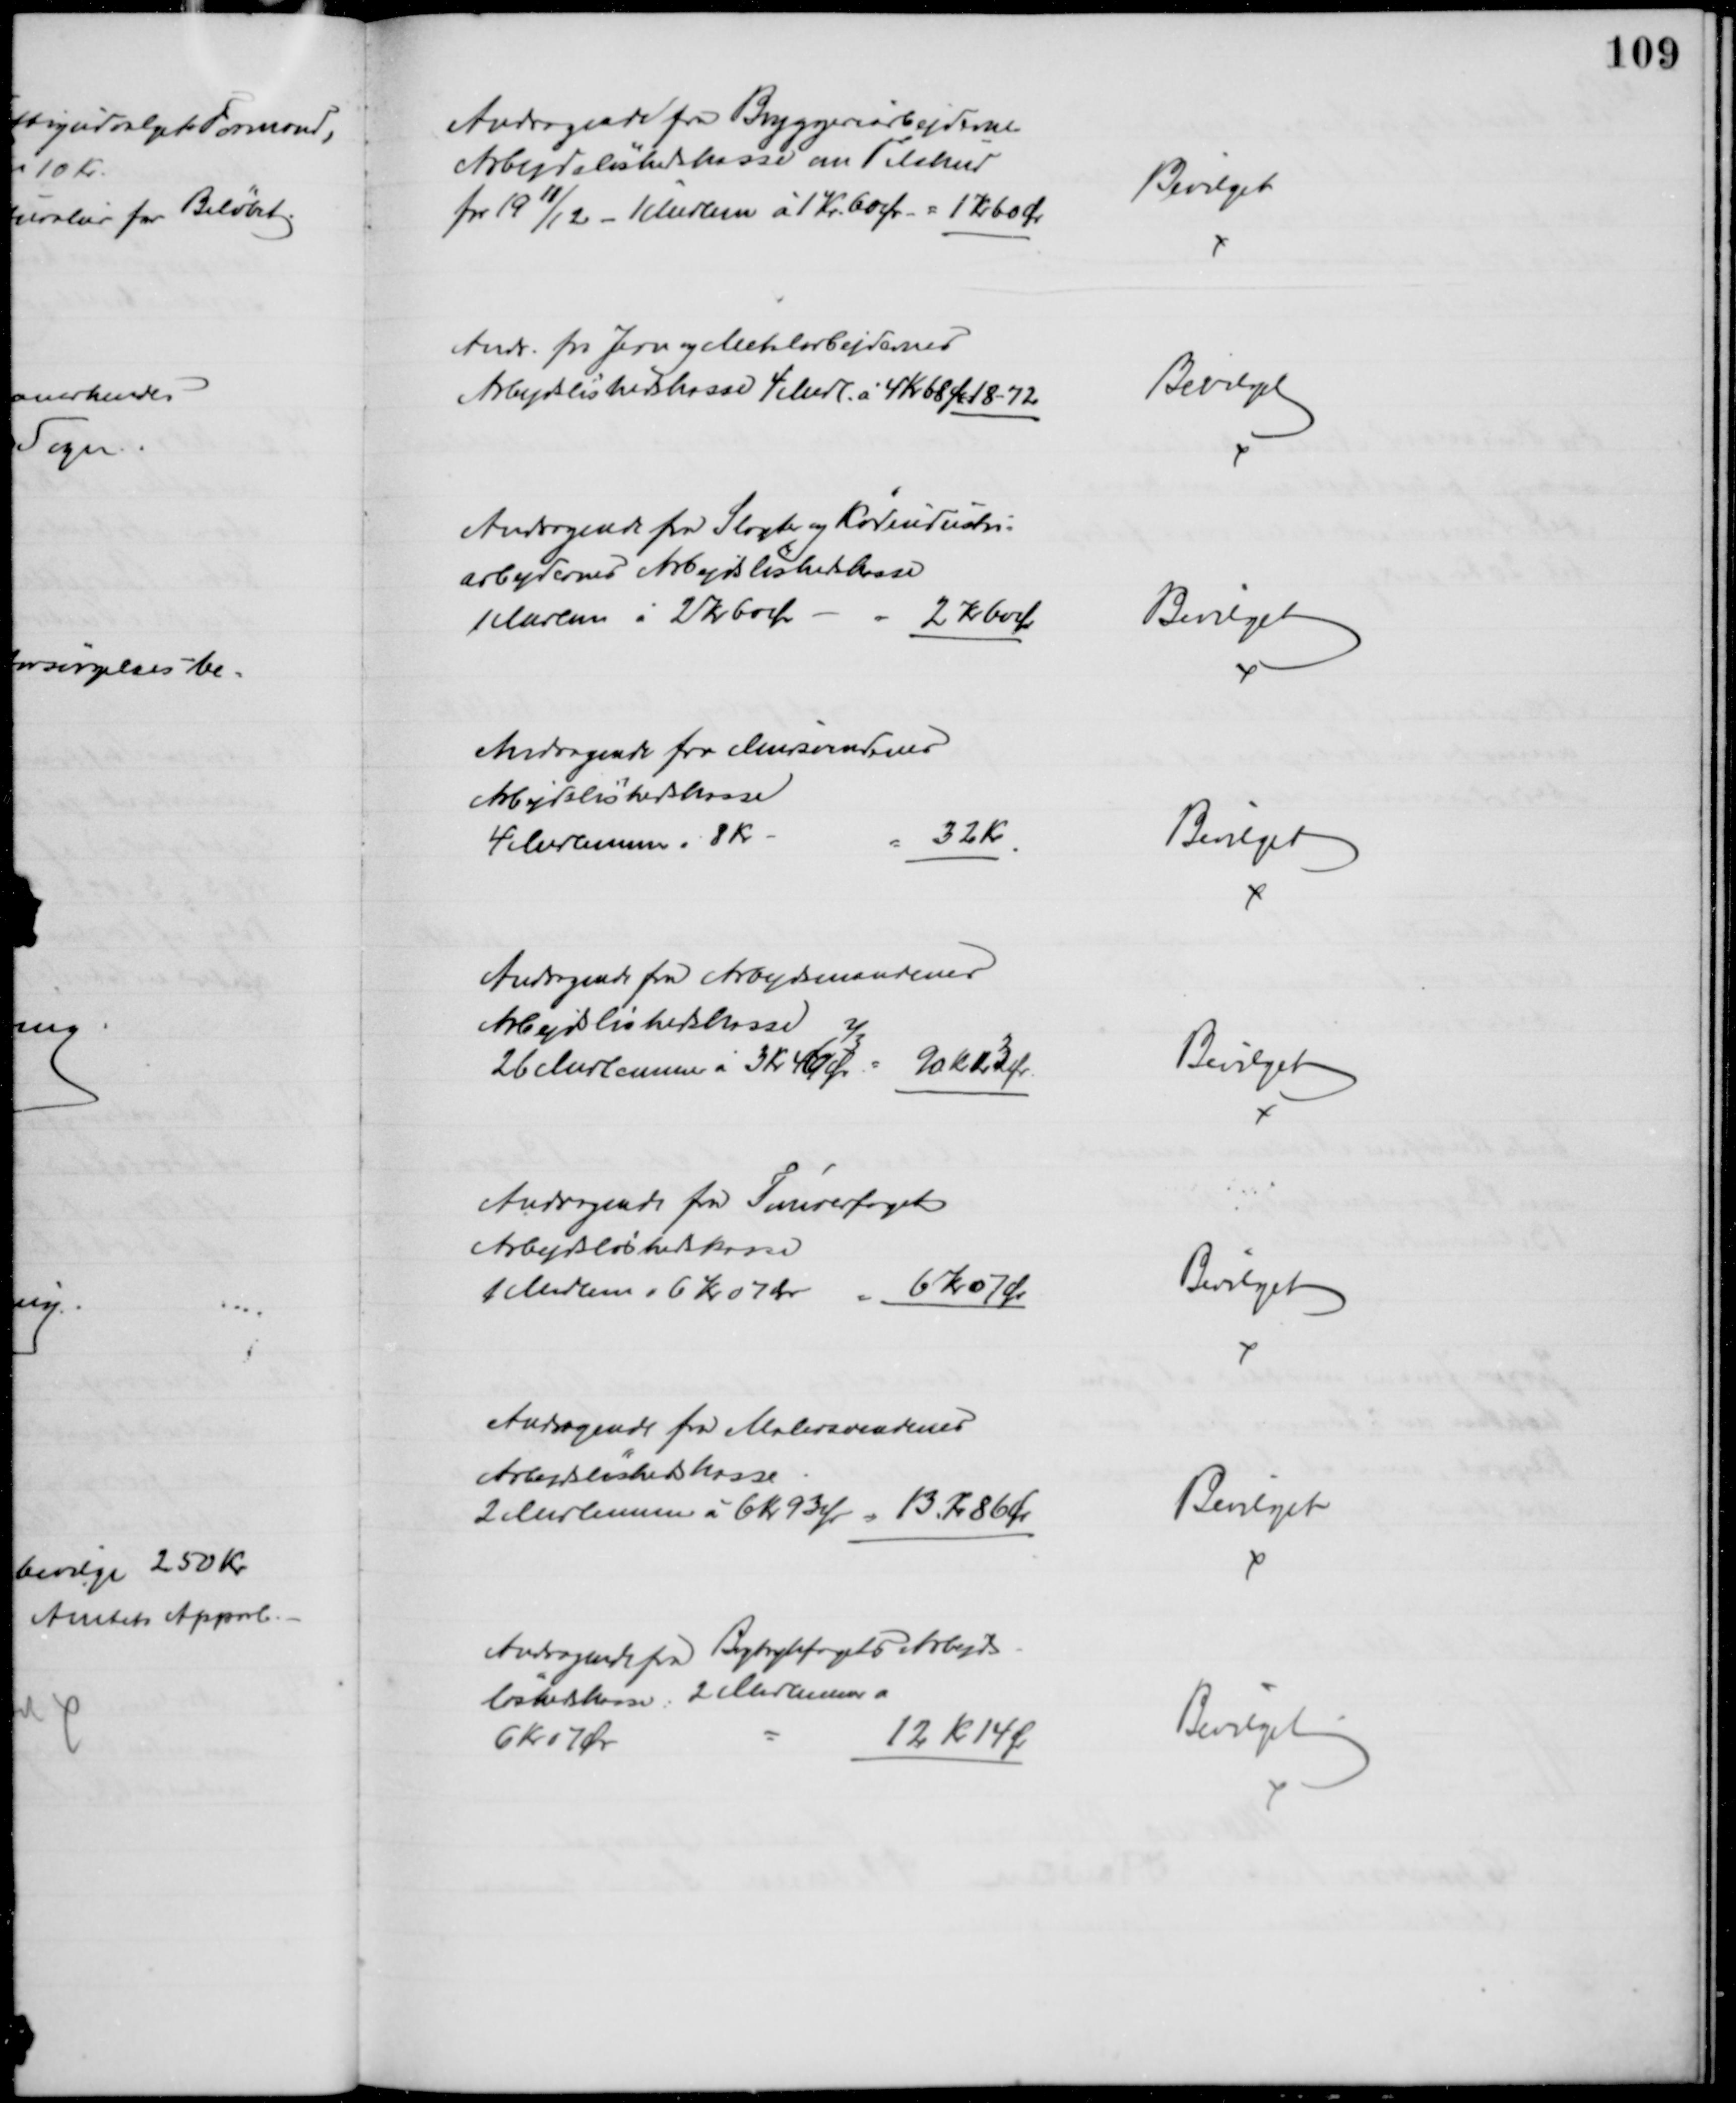
Transskription:
Andragende fra Bryggeriarbejdernes
Arbejdsløshedskasse om Tilskud
for 1911/12 - 1 Medlem à 1 Kr. 60 Øre = 1 Kr 60 Ør
Bevilget
Andr. fra Jern og Metalarbejdernes
Arbejdsløshedskasse 4 Mdl. à 4 Kr 68 Ør 18-72
Bevilget
Andragende fra Slagte og Kødindustri-
arbejdernes Arbejdsløshedskasse
1 Medlem à 2 Kr 60 Ør
2 Kr 60 Ør
Bevilget
Andragende fra Mursvendenes
Arbejdsløshedskasse
4 Medlemmer à 8 Kr
32 Kr
Bevilget
Andragende fra Arbejdsmændenes
Arbejdløshedskasse
26 Medlemmen à 3 Kr 46 Øre
⅔
90 Kr 13 Ør
Bevilget
Andragende fra Tømrerfagets
Arbejdsløshedskasse
1 Medlem à 6 Kr. 07 Øre
6 Kr 07 Ør
Bevilget
Andragende fra Malersvendenes
Arbejdsløshedskasse
2 Medlemmer à 6 Kr. 93 Ør
13 Kr. 86 Ør
Bevilget
Andragende fra Bogtrykfagets Arbejds-
løshedskasse. 2 Medlemmer à
6 kr 07 Ør
12 Kr 14 Ør
Bevilget